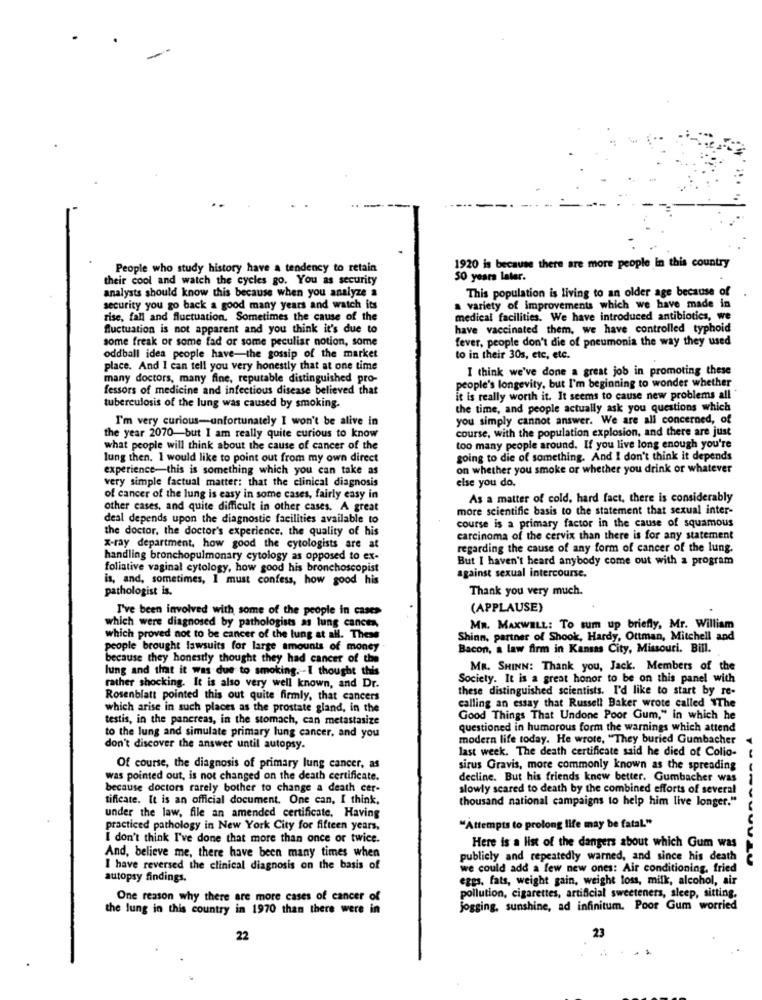
People who study history have a tendency to retain
1920 is because there are more people in this country
their cool and watch the cycles go. You as security
50 years later.
This population is living to an older age because of
analysts should know this because when you analyze a
security you go back a good many years and watch its
a variety of improvements which we have made in
rise, fall and fluctuation. Sometimes the cause of the
medical facilities. We have introduced antibiotics, we
fluctuation is not apparent and you think it's due to
have vaccinated them, we have controlled typhoid
some freak or some fad or some peculiar notion, some
fever, people don't die of pneumonia the way they used
oddball idea people have-the gossip of the market
to in their 30s, etc, etc.
place. And I can tell you very honestly that at one time
I think we've done a great job in promoting these
many doctors, many fine, reputable distinguished pro-
fessors of medicine and infectious disease believed that
people's longevity, but I'm beginning to wonder whether
it is really worth it. It seems to cause new problems all
tuberculosis of the lung was caused by smoking-
the time, and people actually ask you questions which
I'm very curious-unfortunately I won't be alive in
you simply cannot answer. We are all concerned, of
course, with the population explosion, and there are just
the year 2070-but I am really quite curious to know
what people will think about the cause of cancer of the
too many people around. If you live long enough you're
lung then. I would like to point out from my own direct
going to die of something. And I don't think it depends
experience-this is something which you can take as
on whether you smoke or whether you drink or whatever
very simple factual matter: that the clinical diagnosis
else you do.
of cancer of the lung is easy in some cases, fairly easy in
As a matter of cold, hard fact, there is considerably
other cases, and quite difficult in other cases. A great
more scientific basis to the statement that sexual inter-
deal depends upon the diagnostic facilities available to
the doctor, the doctor's experience, the quality of his
course is a primary factor in the cause of squamous
carcinoma of the cervix than there is for any statement
x-ray department, how good the cytologists are at
regarding the cause of any form of cancer of the lung.
handling bronchopulmonary cytology as opposed to ex-
But I haven't heard anybody come out with a program
foliative vaginal cytology, how good his bronchoscopist
is, and, sometimes, I must confess, how good his
against sexual intercourse.
pathologist is.
Thank you very much.
I've been involved with some of the people in cases
(APPLAUSE)
which were diagnosed by pathologists as lung cancer,
MR. MAXWELL: To sum up briefly, Mr. William
which proved not to be cancer of the lung at all. These
Shinn, partner of Shook, Hardy, Ottman, Mitchell and
people brought lawsuits for large amounts of money
Bacon, a law firm in Kansas City, Missouri. Bill.
because they honestly thought they had cancer of the
lung and that it was due to smoking. - I thought this
MR. SHINN: Thank you, Jack. Members of the
Society. It is a great honor to be on this panel with
rather shocking. It is also very well known, and Dr.
these distinguished scientists. I'd like to start by re-
Rosenblatt pointed this out quite firmly, that cancers
which arise in such places as the prostate gland, in the
calling an essay that Russell Baker wrote called "The
testis, in the pancreas, in the stomach, can metastasize
Good Things That Undone Poor Gum," in which he
questioned in humorous form the warnings which attend
to the lung and simulate primary lung cancer. and you
modern life today. He wrote, "They buried Gumbacher
don't discover the answer until autopsy.
last week. The death certificate said he died of Colio-
Of course, the diagnosis of primary lung cancer, as
sirus Gravis, more commonly known as the spreading
was pointed out, is not changed on the death certificate.
decline. But his friends knew better. Gumbacher was
because doctors rarely bother to change a death cer-
slowly scared to death by the combined efforts of several
tiffcate. It is an official document. One can, I think,
thousand national campaigns to help him live longer."
under the law, file an amended certificate, Having
practiced pathology in New York City for fifteen years,
"Attempts to prolong life may be fatal."
I don't think I've done that more than once or twice.
Here is a list of the dangers about which Gum was
And, believe me, there have been many times when
publicly and repeatedly warned, and since his death
I have reversed the clinical diagnosis on the basis of
we could add a few new ones: Air conditioning, fried
autopsy findings.
eges, fats, weight gain, weight loss, milk, alcohol, air
One reason why there are more cases of cancer of
pollution, cigarettes, artificial sweeteners, sleep, sitting.
the lung in this country in 1970 than there were in
jogging, sunshine, ad infinitum. Poor Gum worried
22
23